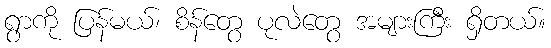
ရွာကို ပြန်မယ်၊ စိန်တွေ ပုလဲတွေ အများကြီး ရှိတယ်။